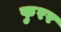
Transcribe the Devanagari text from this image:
फुरर